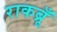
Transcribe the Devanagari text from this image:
राकब्रूँ